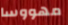
مهووسا